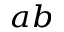
_ { a b }